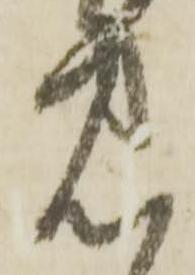
見